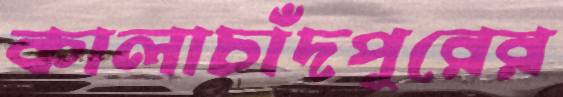
কালাচাঁদপুরের